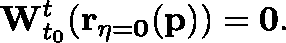
\mathbf { W } _ { t _ { 0 } } ^ { t } ( \mathbf { r _ { \eta = 0 } } ( \mathbf { p } ) ) = \mathbf { 0 } .